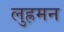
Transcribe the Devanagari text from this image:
लुह्रमन